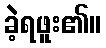
ခဲ့ရဖူး၏။